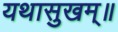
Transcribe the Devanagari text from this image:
यथासुखम्॥